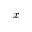
x